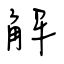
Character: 解